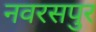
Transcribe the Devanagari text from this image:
नवरसपुर